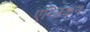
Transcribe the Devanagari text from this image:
एंग्लिंकन